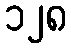
၁၂၈